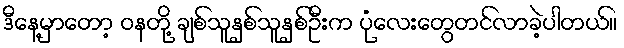
ဒီနေ့မှာတော့ ဝနတို့ ချစ်သူနှစ်သူနှစ်ဦးက ပုံလေးတွေတင်လာခဲ့ပါတယ်။